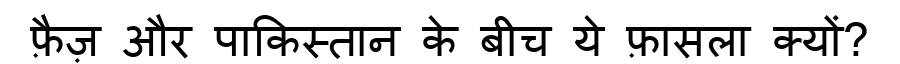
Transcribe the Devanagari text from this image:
फ़ैज़ और पाकिस्तान के बीच ये फ़ासला क्यों?